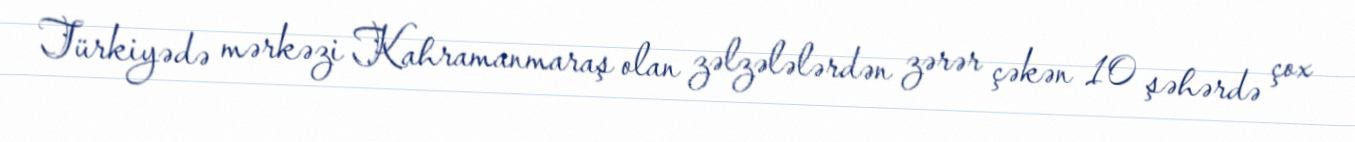
Türkiyədə mərkəzi Kahramanmaraş olan zəlzələlərdən zərər çəkən 10 şəhərdə çox